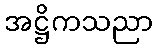
အဋ္ဌိကသညာ